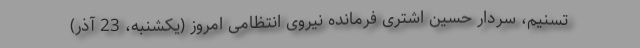
تسنیم، سردار حسین اشتری فرمانده نیروی انتظامی امروز (یکشنبه، 23 آذر)